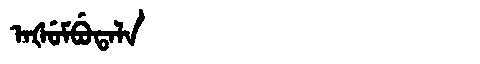
Manchu: ᠠᡧᡠᠮᠪᡠᡨᠠᠯᠠ
Romanization: AŠUMBUTALA